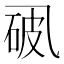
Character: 𪜘